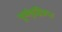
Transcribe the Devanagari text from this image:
पूर्णवृद्धिप्राप्त